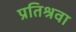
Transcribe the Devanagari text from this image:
प्रतिश्रवा